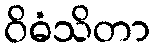
ဝိဓံသိတာ